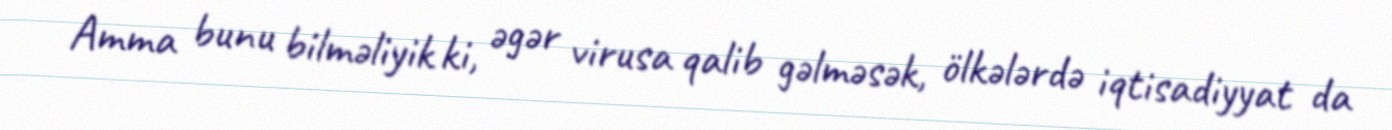
Amma bunu bilməliyik ki, əgər virusa qalib gəlməsək, ölkələrdə iqtisadiyyat da